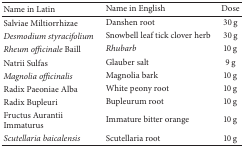
| Name in Latin | Name in English | Dose |
 | --- | --- | --- |
 | Salviae Miltiorrhizae | Danshen root | 30 g |
 | Desmodium styracifolium | Snowbell leaf tick clover herb | 30 g |
 | Rheum officinale Baill | Rhubarb | 10 g |
 | Natrii Sulfas | Glauber salt | 9 g |
 | Magnolia officinalis | Magnolia bark | 10 g |
 | Radix Paeoniae Alba | White peony root | 10 g |
 | Radix Bupleuri | Bupleurum root | 10 g |
 | Fructus Aurantii Immaturus | Immature bitter orange | 10 g |
 | Scutellaria baicalensis | Scutellaria root | 10 g |